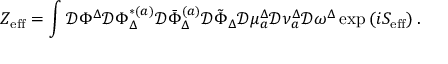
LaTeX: Z _ { \mathrm { e f f } } = \int \mathcal { D } \Phi ^ { \Delta } \mathcal { D } \Phi _ { \Delta } ^ { * ( a ) } \mathcal { D } \bar { \Phi } _ { \Delta } ^ { ( a ) } \mathcal { D } \tilde { \Phi } _ { \Delta } \mathcal { D } \mu _ { a } ^ { \Delta } \mathcal { D } \nu _ { a } ^ { \Delta } \mathcal { D } \omega ^ { \Delta } \exp \left( i S _ { \mathrm { e f f } } \right) .